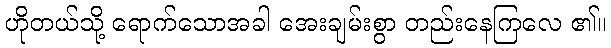
ဟိုတယ်သို့ ရောက်သောအခါ အေးချမ်းစွာ တည်းနေကြလေ ၏။